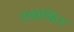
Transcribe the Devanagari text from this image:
एवोकिंग